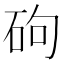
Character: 𪿕